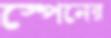
স্পেনের